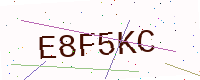
Text: E8F5KC